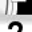
Digit: 7